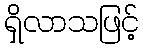
ရှိလာသဖြင့်